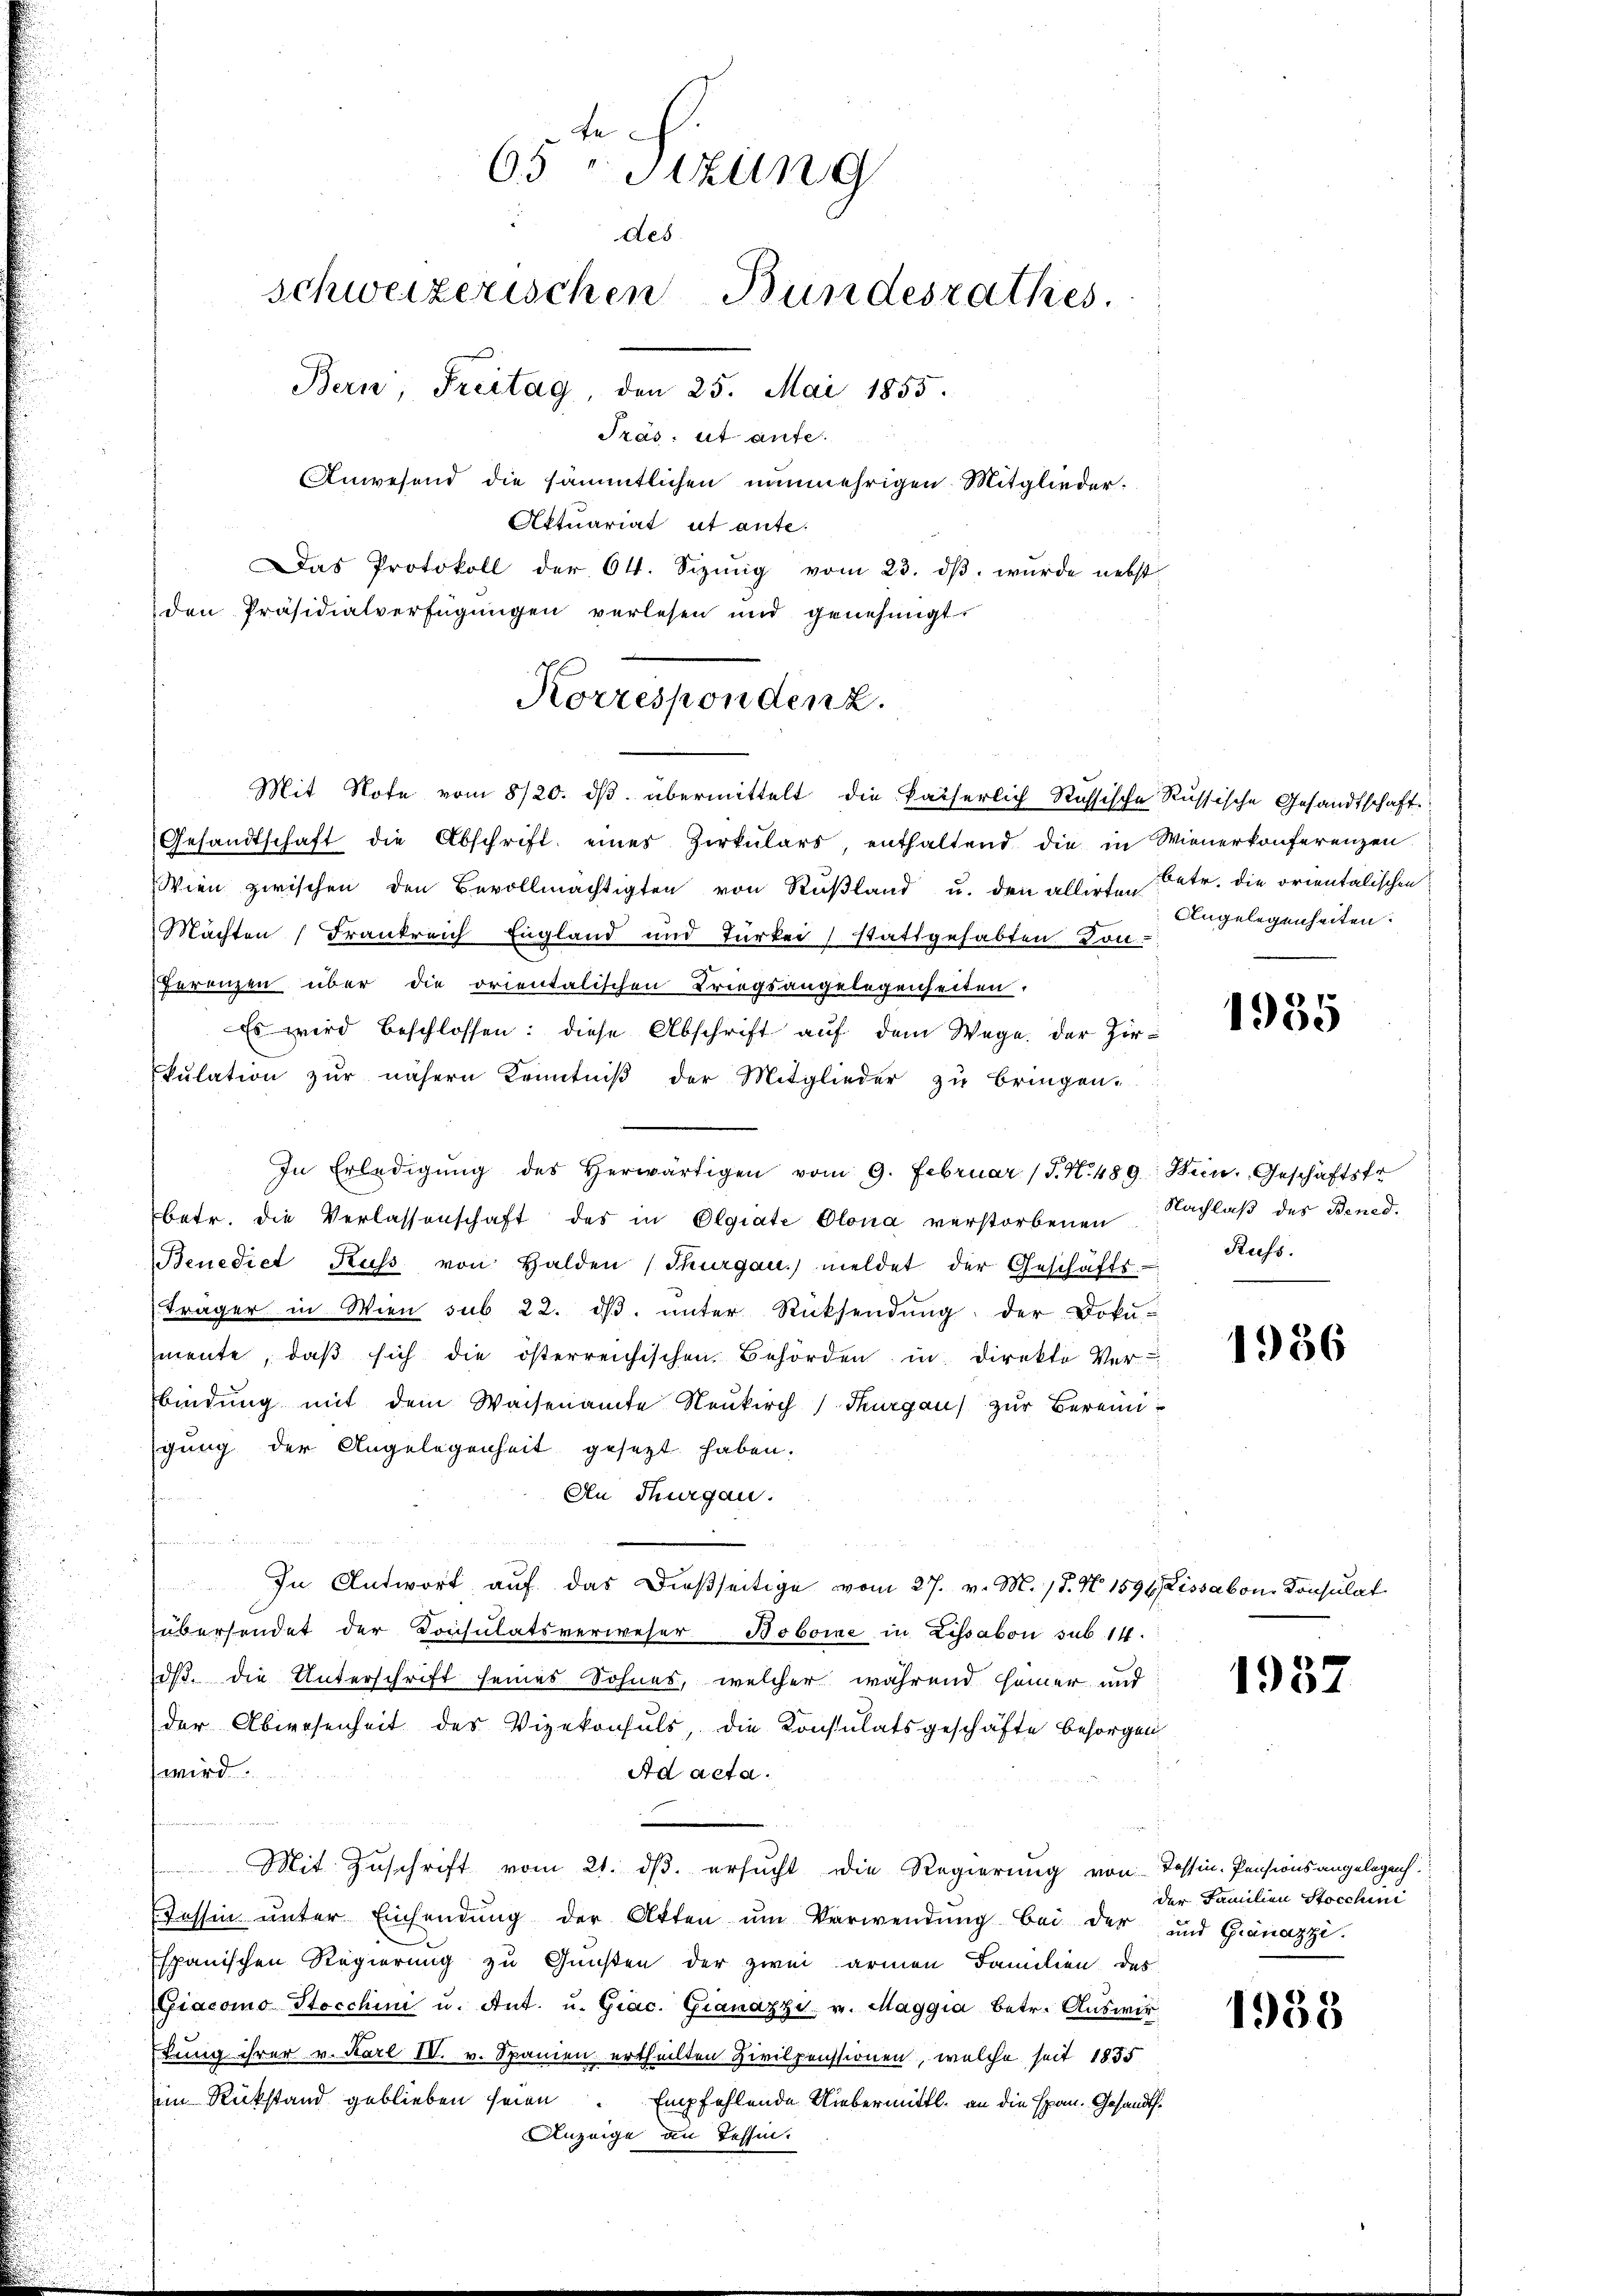
te
65 Sizung
des.
schweizerischen Bundesrathes.
Bern, Freitag, den 25. Mai 1855.
Träs: et aufe.
Anwesend die sämmtlichen nunmehrigen Mitglieder¬
Aktuariat ut ante.
Das Protokoll der 64. Sizŭng vom 23. dβ. wurde nebst
den Präsidialverfügungen verlesen und genehmigt

Korrespondenz.
Mit Note vom 8/20. dβ übermittelt die kaiserlich Russische Russische Gesandtschaft

Gesandtschaft die Abschrift eines Zirkulars, enthaltend die in Wienerkonferenzen.
Wien zwischen den Bevollmächtigten von Rußland u. den allirten Petr. die orientalischen
Machten (Frankreich England und Türkei stattgehabten Kon-
Ferenzen über die orientalischen Kriegsangelegenheiten.
Es wird beschlossen: diese Abschrift auf dem Wege. Der Zirkulation zur nähern Kenntniβ der Mitglieder zu bringen.
In Erledigŭng des herwärtigen vom 9. Februar (T. N. 489. Wein. Geschäftsfr
betr. die Verlassenschaft des in Olgiate Olona verstorbenen Nachlaβ des Bened
Benediet Kuss von Halden (Thurgau. meldet der Geschäfts-
träger in Wien sub 22. dβ. unter Rücksendung der Doku-
mente, daβ sich die österreichischen Behörden in Direkte Ver-
bindung mit dem Waisenamte Neukirch Thurgau) zur Bereiniigung der Angelegenheit gesezt haben.
An Thurgau.
In Antwort, auf das dießseitige vom 27. v. M. 18. N. 1596 Lissabon Consulat
übersendet der Consulatsverweser Boboine in Lissabon sub 14.
dß. die Unterschrift seines Sohnes, welcher während seiner und
der Abwesenheit des Vizekonsuls, die Konsulatsgeschäfte besorgen
wird.
Ad acta.

Mit Zuschrift vom 21. ds. ersucht die Regierung von Tessin-Pensionsangelegenh
essin ŭnter Einsendŭng der Akten ŭm Verwendŭng bei der und Granazzi.
Espanischen Regierung zu Gunsten der zwei armen Familien des
Giacomo Stocchini u. Ant. u. Grac. Granazzi, v. Maggia betr. Auswirtung ihrer v. Karl IV. v. Spanien ertheilten Zivilpensionen, welche seit 1855
im Rükstand geblieben seien Empfehlende Uibermittl. an die Epan. Gesandts¬
Anzeige an Tessin.

Angelegenheiten.

1989

Russ.

1936

1957

der Familien Stocchini

1938